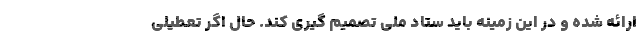
ارائه شده و در این زمینه باید ستاد ملی تصمیم گیری کند. حال اگر تعطیلی